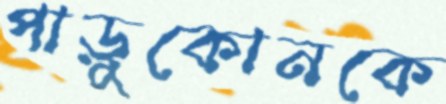
পাড়ুকোনকে